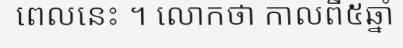
ពេលនេះ ។ លោកថា កាលពី៥ឆ្នាំ